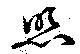
照